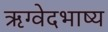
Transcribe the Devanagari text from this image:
ऋग्वेदभाष्य